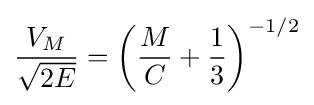
{\frac {V_{M}}{\sqrt {2E}}}=\left({\frac {M}{C}}+{\frac {1}{3}}\right)^{-1/2}